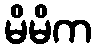
မိမိက